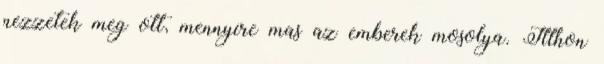
nezzetek meg ott, mennyire mas az emberek mosolya. Itthon